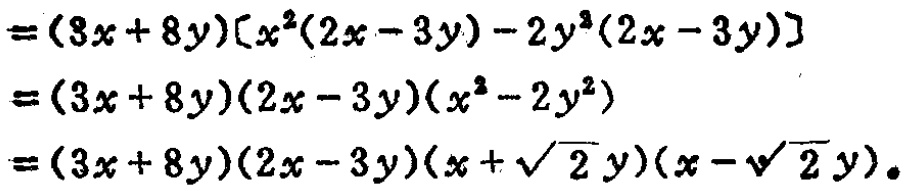
\[
\begin{align*}
&=(3x + 8y)[x^{2}(2x - 3y)-2y^{3}(2x - 3y)]\\
&=(3x + 8y)(2x - 3y)(x^{2}-2y^{2})\\
&=(3x + 8y)(2x - 3y)(x+\sqrt{2}y)(x - \sqrt{2}y)
\end{align*}
\]